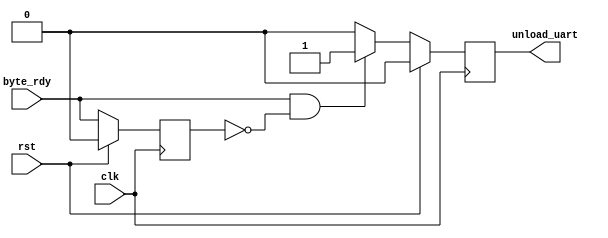
module uart_unload #(parameter BYTE_WIDTH = 8, WORD_WIDTH = 13) (
    input rst,
    input clk,
    input byte_rdy,
	 `ifdef TWO_BYTE_DECODE
		input [BYTE_WIDTH-1:0] din,
		output reg signed [WORD_WIDTH-1:0] dout,
	 `endif
    output reg unload_uart
    );

reg byte_rdy_b = 1'b0;
`ifdef TWO_BYTE_DECODE
	reg [WORD_WIDTH-2:0] data_tmp = {BYTE_WIDTH-1{1'b0}};
`endif

always @(posedge clk) begin
	if (rst) begin
		unload_uart <= 1'b0;
		byte_rdy_b <= 1'b0;
		`ifdef TWO_BYTE_DECODE
			data_tmp <= {BYTE_WIDTH-1{1'b0}};
			dout <= {WORD_WIDTH{1'b0}};
		`endif
	end else begin
		byte_rdy_b <= byte_rdy;
		unload_uart <= (byte_rdy & ~byte_rdy_b) ? 1'b1 : 1'b0;
		`ifdef TWO_BYTE_DECODE
			if (din[BYTE_WIDTH-1]) data_out <= {din[BYTE_WIDTH-3:0], data_tmp};
			else data_tmp <= din[BYTE_WIDTH-2:0];
		`endif
	end
end
endmodule